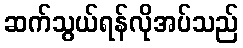
ဆက်သွယ်ရန်လိုအပ်သည်